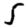
Digit: 5